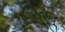
૯૪૬